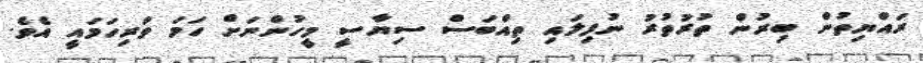
ރައްޔިތުން ބިރުން ތުރުތުރު ނުފިލައި ތިއްބަސް ސިޔާސީ މީހުންނަށް ހަމަ ވަރިހަމައީ އެވެ.